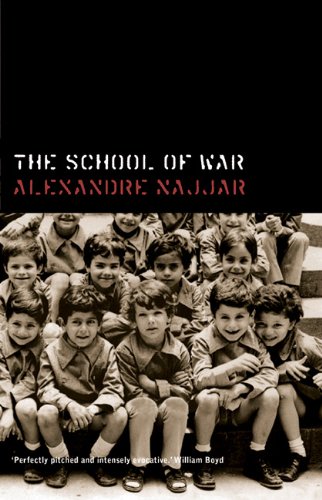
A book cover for The School of War; Alexandre Najjar; History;